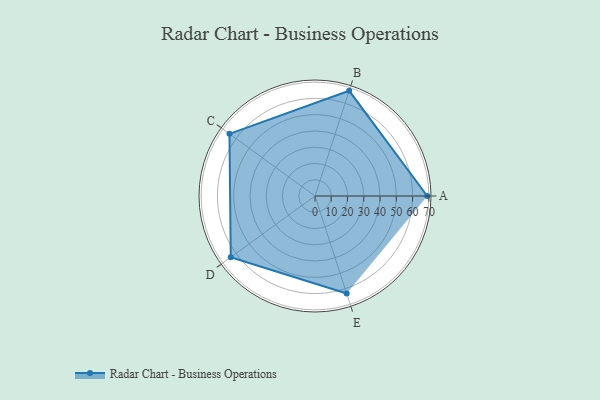
{"axis": {"x": "Skill", "y": "Score"}, "legend": ["Profile"], "data": [{"x": "A", "y": 69.0, "type": "Profile"}, {"x": "B", "y": 68.0, "type": "Profile"}, {"x": "C", "y": 65.0, "type": "Profile"}, {"x": "D", "y": 64.0, "type": "Profile"}, {"x": "E", "y": 63.0, "type": "Profile"}]}